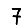
Digit: 7